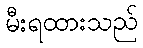
မီးရထားသည်